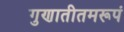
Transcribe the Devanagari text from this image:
गुणातीतमरूपं